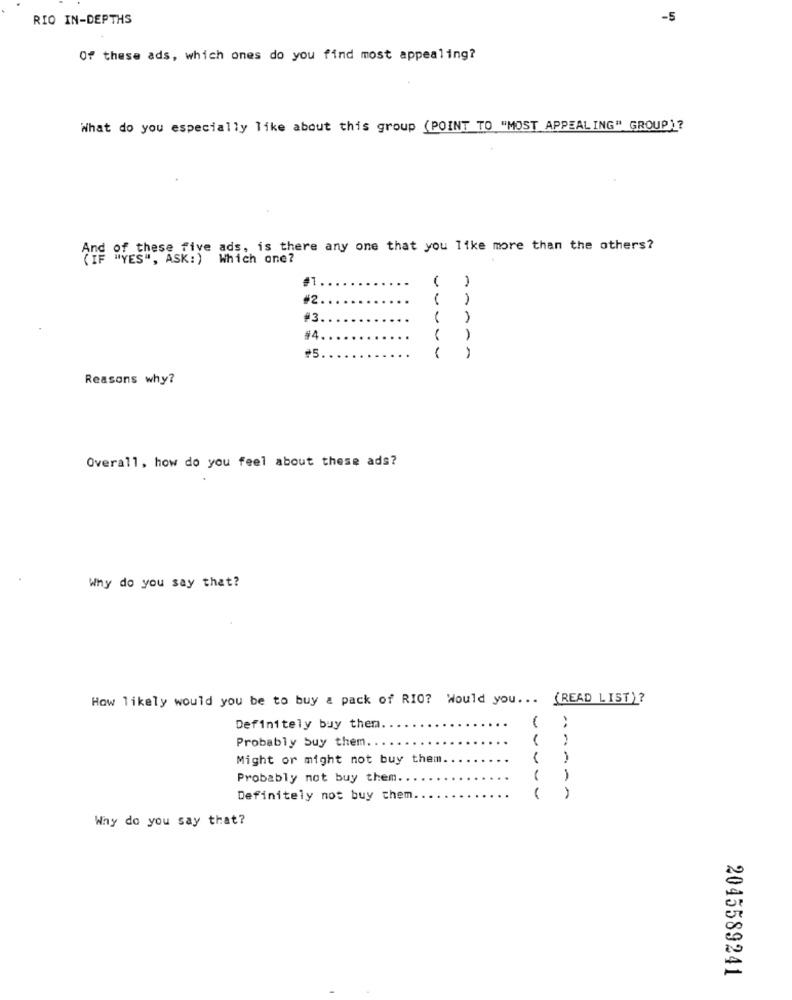
RIO IN-DEPTHS
-5
Of these ads, which ones do you find most appealing?
What do you especially like about this group (POINT TO "MOST APPEALING" GROUP)?
And of these five ads. is there any one that you like more than the others?
Which one?
#1
-
#2
#3
DA
#4
#5
----
Reasons why?
Overall, how do you feel about these ads?
Why do you say that?
How likely would you be to buy a pack of RIO? Would you ...
(READ LIST)?
1
Definitely buy them
Probably buy them.
Might or might not buy them
Probably not buy them ..
Definitely not buy them.
Why do you say that?
2045589241